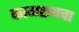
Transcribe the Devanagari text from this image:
कामरूपचा